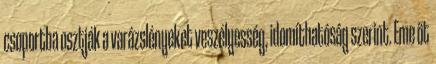
csoportba osztják a varázslényeket veszélyesség, idomíthatóság szerint. Eme öt